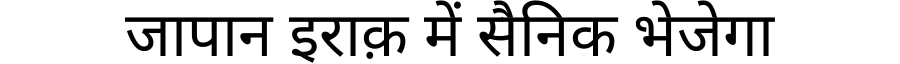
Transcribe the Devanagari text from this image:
जापान इराक़ में सैनिक भेजेगा